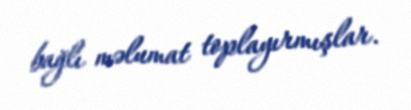
bağlı məlumat toplayırmışlar.